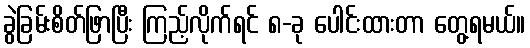
ခွဲခြမ်းစိတ်ဖြာပြီး ကြည့်လိုက်ရင် ၈-ခု ပေါင်းထားတာ တွေ့ရမယ်။